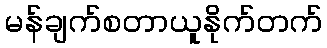
မန်ချက်စတာယူနိုက်တက်